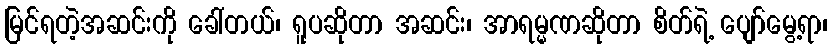
မြင်ရတဲ့အဆင်းကို ခေါ်တယ်၊ ရူပဆိုတာ အဆင်း၊ အာရမ္မဏဆိုတာ စိတ်ရဲ့ ပျော်မွေ့ရာ၊